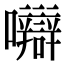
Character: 𡅼